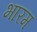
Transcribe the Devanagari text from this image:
भारम